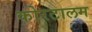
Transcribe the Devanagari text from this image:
कोरटालम